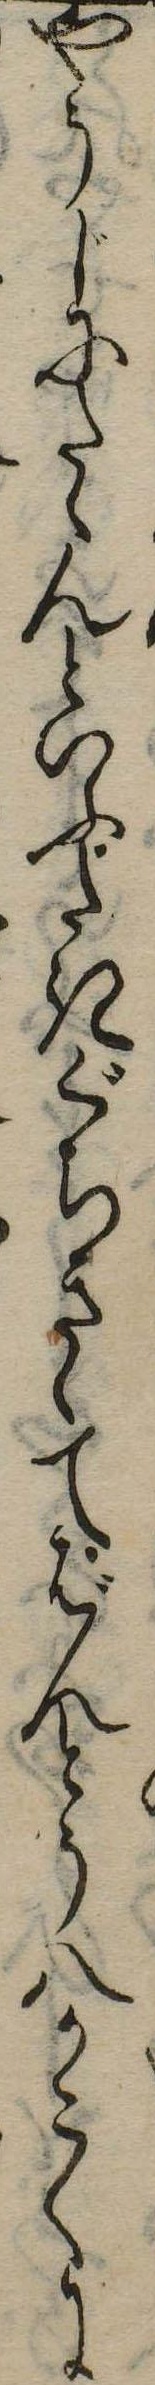
やうじにたゝんといふたきぐちきゝてばんとう八かこくに